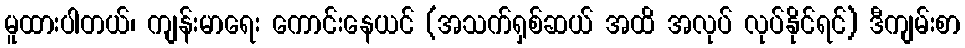
မူထားပါတယ်၊ ကျန်းမာရေး ကောင်းနေယင် (အသက်ရှစ်ဆယ် အထိ အလုပ် လုပ်နိုင်ရင်) ဒီကျမ်းစာ